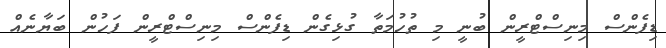
ޑިފެންސް މިނިސްޓްރީން ބުނީ މި ތުހުމަތާ ގުޅިގެން ޑިފެންސް މިނިސްޓްރީން ފަހުން ބަޔާނެއް